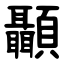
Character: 顳